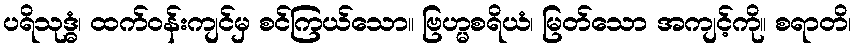
ပရိသုဒ္ဓံ၊ ထက်ဝန်းကျင်မှ စင်ကြယ်သော။ ဗြဟ္မစရိယံ၊ မြတ်သော အကျင့်ကို။ စရာတိ၊